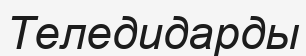
Теледидарды